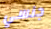
جنسي